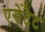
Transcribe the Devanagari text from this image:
एसेटेट